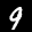
Label: 9